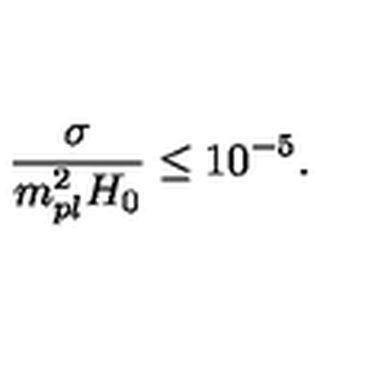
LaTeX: \frac { \sigma } { m _ { p l } ^ { 2 } H _ { 0 } } \leq 1 0 ^ { - 5 } .